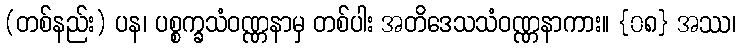
(တစ်နည်း) ပန၊ ပစ္စက္ခသံဝဏ္ဏနာမှ တစ်ပါး အတိဒေသသံဝဏ္ဏနာကား။ {၀၈} အဿ၊